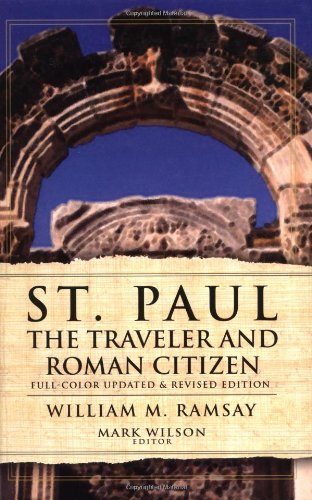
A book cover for St. Paul the Traveler and Roman Citizen; William M. Ramsay; Christian Books & Bibles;